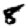
Digit: 8